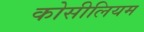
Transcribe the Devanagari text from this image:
कोसीलियम